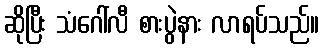
ဆိုပြီး သံဂေါ်လီ စားပွဲနား လာရပ်သည်။